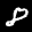
Label: 8